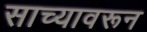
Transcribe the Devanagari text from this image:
साच्यावरून